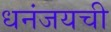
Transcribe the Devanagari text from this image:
धनंजयची